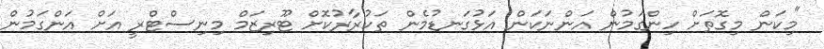
"މިކަން މިގޮތަށް ހިންގަމުން އަންނަކަން އަޅުގަނޑުމެން ތަކުރާރުކޮށް ޓޫރިޒަމް މިނިސްޓްރީ އަށް އަންގަމުން